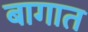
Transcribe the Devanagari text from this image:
बागात